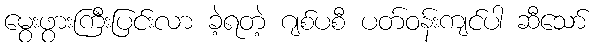
မွေးဖွားကြီးပြင်းလာ ခဲ့ရတဲ့ ဂျစ်ပစီ ပတ်ဝန်းကျင်ပါ ဆီသော်